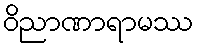
ဝိညာဏာရာမဿ